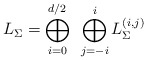
\begin{align*}L_\Sigma=\bigoplus_{i=0}^{d/2}~\bigoplus_{j=-i}^iL^{(i,j)}_\Sigma\end{align*}